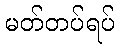
မတ်တပ်ရပ်